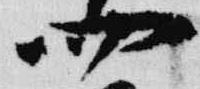
四